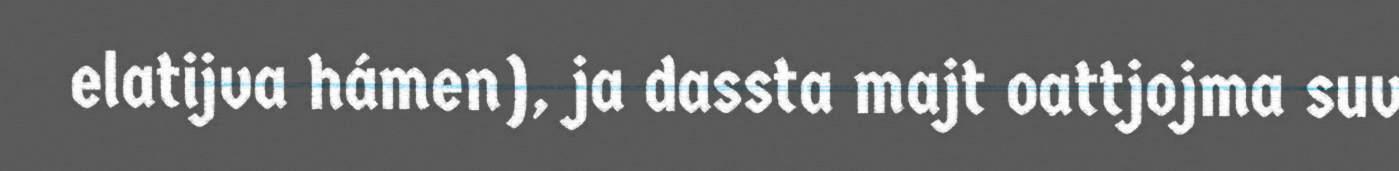
elatijva hámen), ja dassta majt oattjojma suv